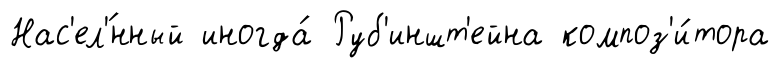
Нас'ел'́нный иногда́ Руб'иншт'ейна композ'и́тора